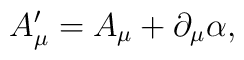
A_\mu ^{\prime }=A_\mu +\partial _\mu \alpha ,